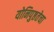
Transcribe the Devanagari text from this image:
योनिपुष्ठतेचा